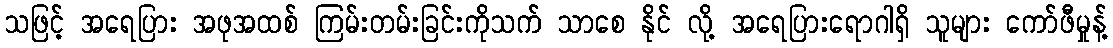
သဖြင့် အရေပြား အဖုအထစ် ကြမ်းတမ်းခြင်းကိုသက် သာစေ နိုင် လို့ အရေပြားရောဂါရှိ သူများ ကော်ဖီမှုန့်